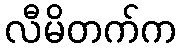
လီမိတက်က